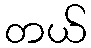
တယ်